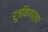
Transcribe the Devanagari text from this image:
रुजविणाऱ्या